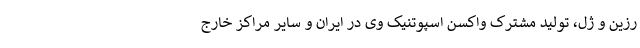
رزین و ژل، تولید مشترک واکسن اسپوتنیک وی در ایران و سایر مراکز خارج